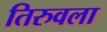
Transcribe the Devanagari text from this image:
तिरुवला